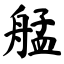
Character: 艋